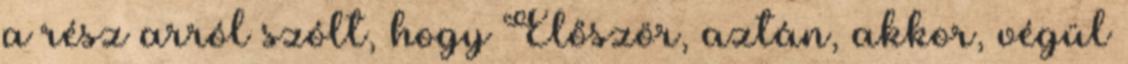
a rész arról szólt, hogy Először, aztán, akkor, végül